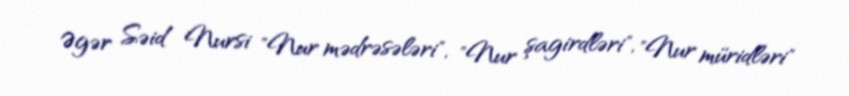
Əgər Səid Nursi "Nur mədrəsələri", "Nur şagirdləri", "Nur müridləri"